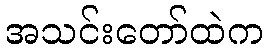
အသင်းတော်ထဲက